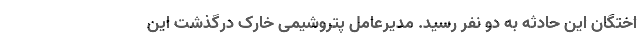
اختگان این حادثه به دو نفر رسید. مدیرعامل پتروشیمی خارک درگذشت این